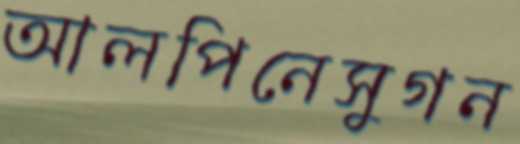
আলপিনেসুগন